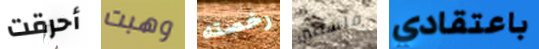
أحرقت وهبت رخصته فلسطين باعتقادي